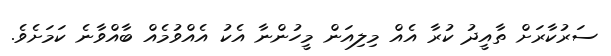
ސަރުކާރަށް ތާއީދު ކުރާ އެއް މިލިއަން މީހުންނާ އެކު އެއްވުމެއް ބާއްވާނެ ކަމަށެވެ.